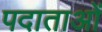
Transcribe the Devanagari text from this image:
पदाताओं